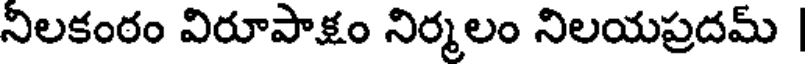
నిలకంఠం విరూపాక్షం నిర్మలం నిలయప్రదమ్ |